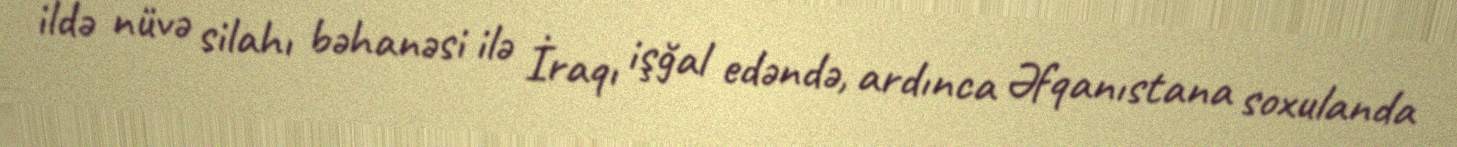
ildə nüvə silahı bəhanəsi ilə İraqı işğal edəndə, ardınca Əfqanıstana soxulanda